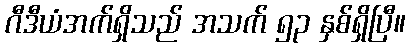
ဂီဒီယံအက်ရှိသည် အသက် ၅၃ နှစ်ရှိပြီ။